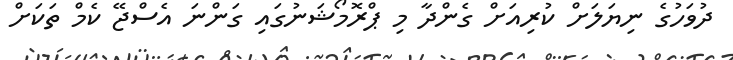
ދުވަހުގެ ނިޔަލަށް ކުރިއަށް ގެންދާ މި ޕްރޮމޯޝަނުގައި ގަންނަ އެސްޖޭ ކެމް ތަކަށް